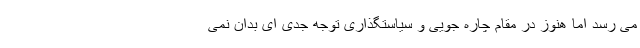
می رسد اما هنوز در مقام چاره جویی و سیاستگذاری توجه جدی ای بدان نمی